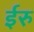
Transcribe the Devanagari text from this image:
ईरु